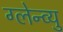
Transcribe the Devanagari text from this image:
ग्लेन्व्यु